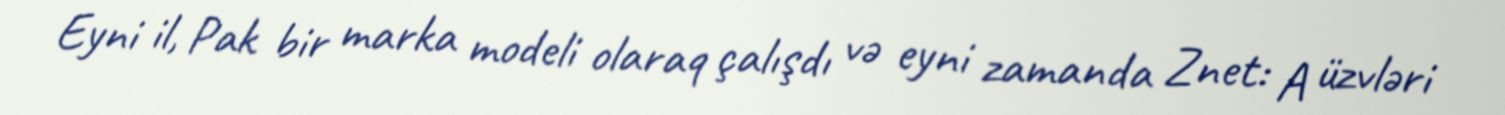
Eyni il, Pak bir marka modeli olaraq çalışdı və eyni zamanda Znet: A üzvləri